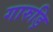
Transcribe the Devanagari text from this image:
गारुड़ि